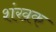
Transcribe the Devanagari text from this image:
शंखक